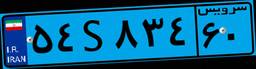
۵۴S۸۳۴۶۰